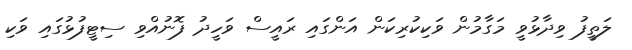
ލަތީފު ވިދާޅުވީ މަގާމުން ވަކިކުރިކަން އަންގައި ރައީސް ވަހީދު ފޮނުއްވި ސިޓީފުޅުގައި ވަކި